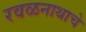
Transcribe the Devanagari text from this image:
रवळनाथाचे